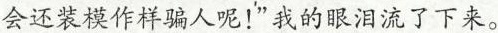
会还装模作样骗人呢！”我的眼泪流了下来。